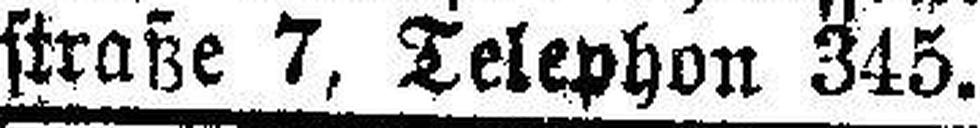
straße 7, Telephon 345.